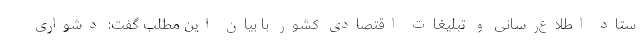
ستاد اطلاع‌رسانی و تبلیغات اقتصادی کشور با بیان این مطلب گفت: دشواری